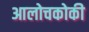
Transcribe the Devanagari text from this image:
आलोचकोकी